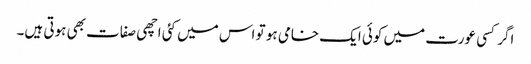
اگر کسی عورت میں کوئی ایک خامی ہو تو اس میں کئی اچھی صفات بھی ہوتی ہیں۔